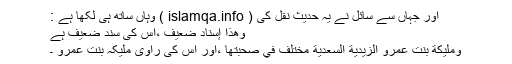
اور جہاں سے سائل نے یہ حدیث نقل کی ( islamqa.info ) وہاں ساتھ ہی لکھا ہے :
وهذا إسناد ضعيف ،اس کی سند ضعیف ہے
ومليكة بنت عمرو الزيدية السعدية مختلف في صحبتها ،اور اس کی راوی ملیکہ بنت عمرو ۔